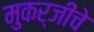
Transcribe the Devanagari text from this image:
मुकर्जींचे